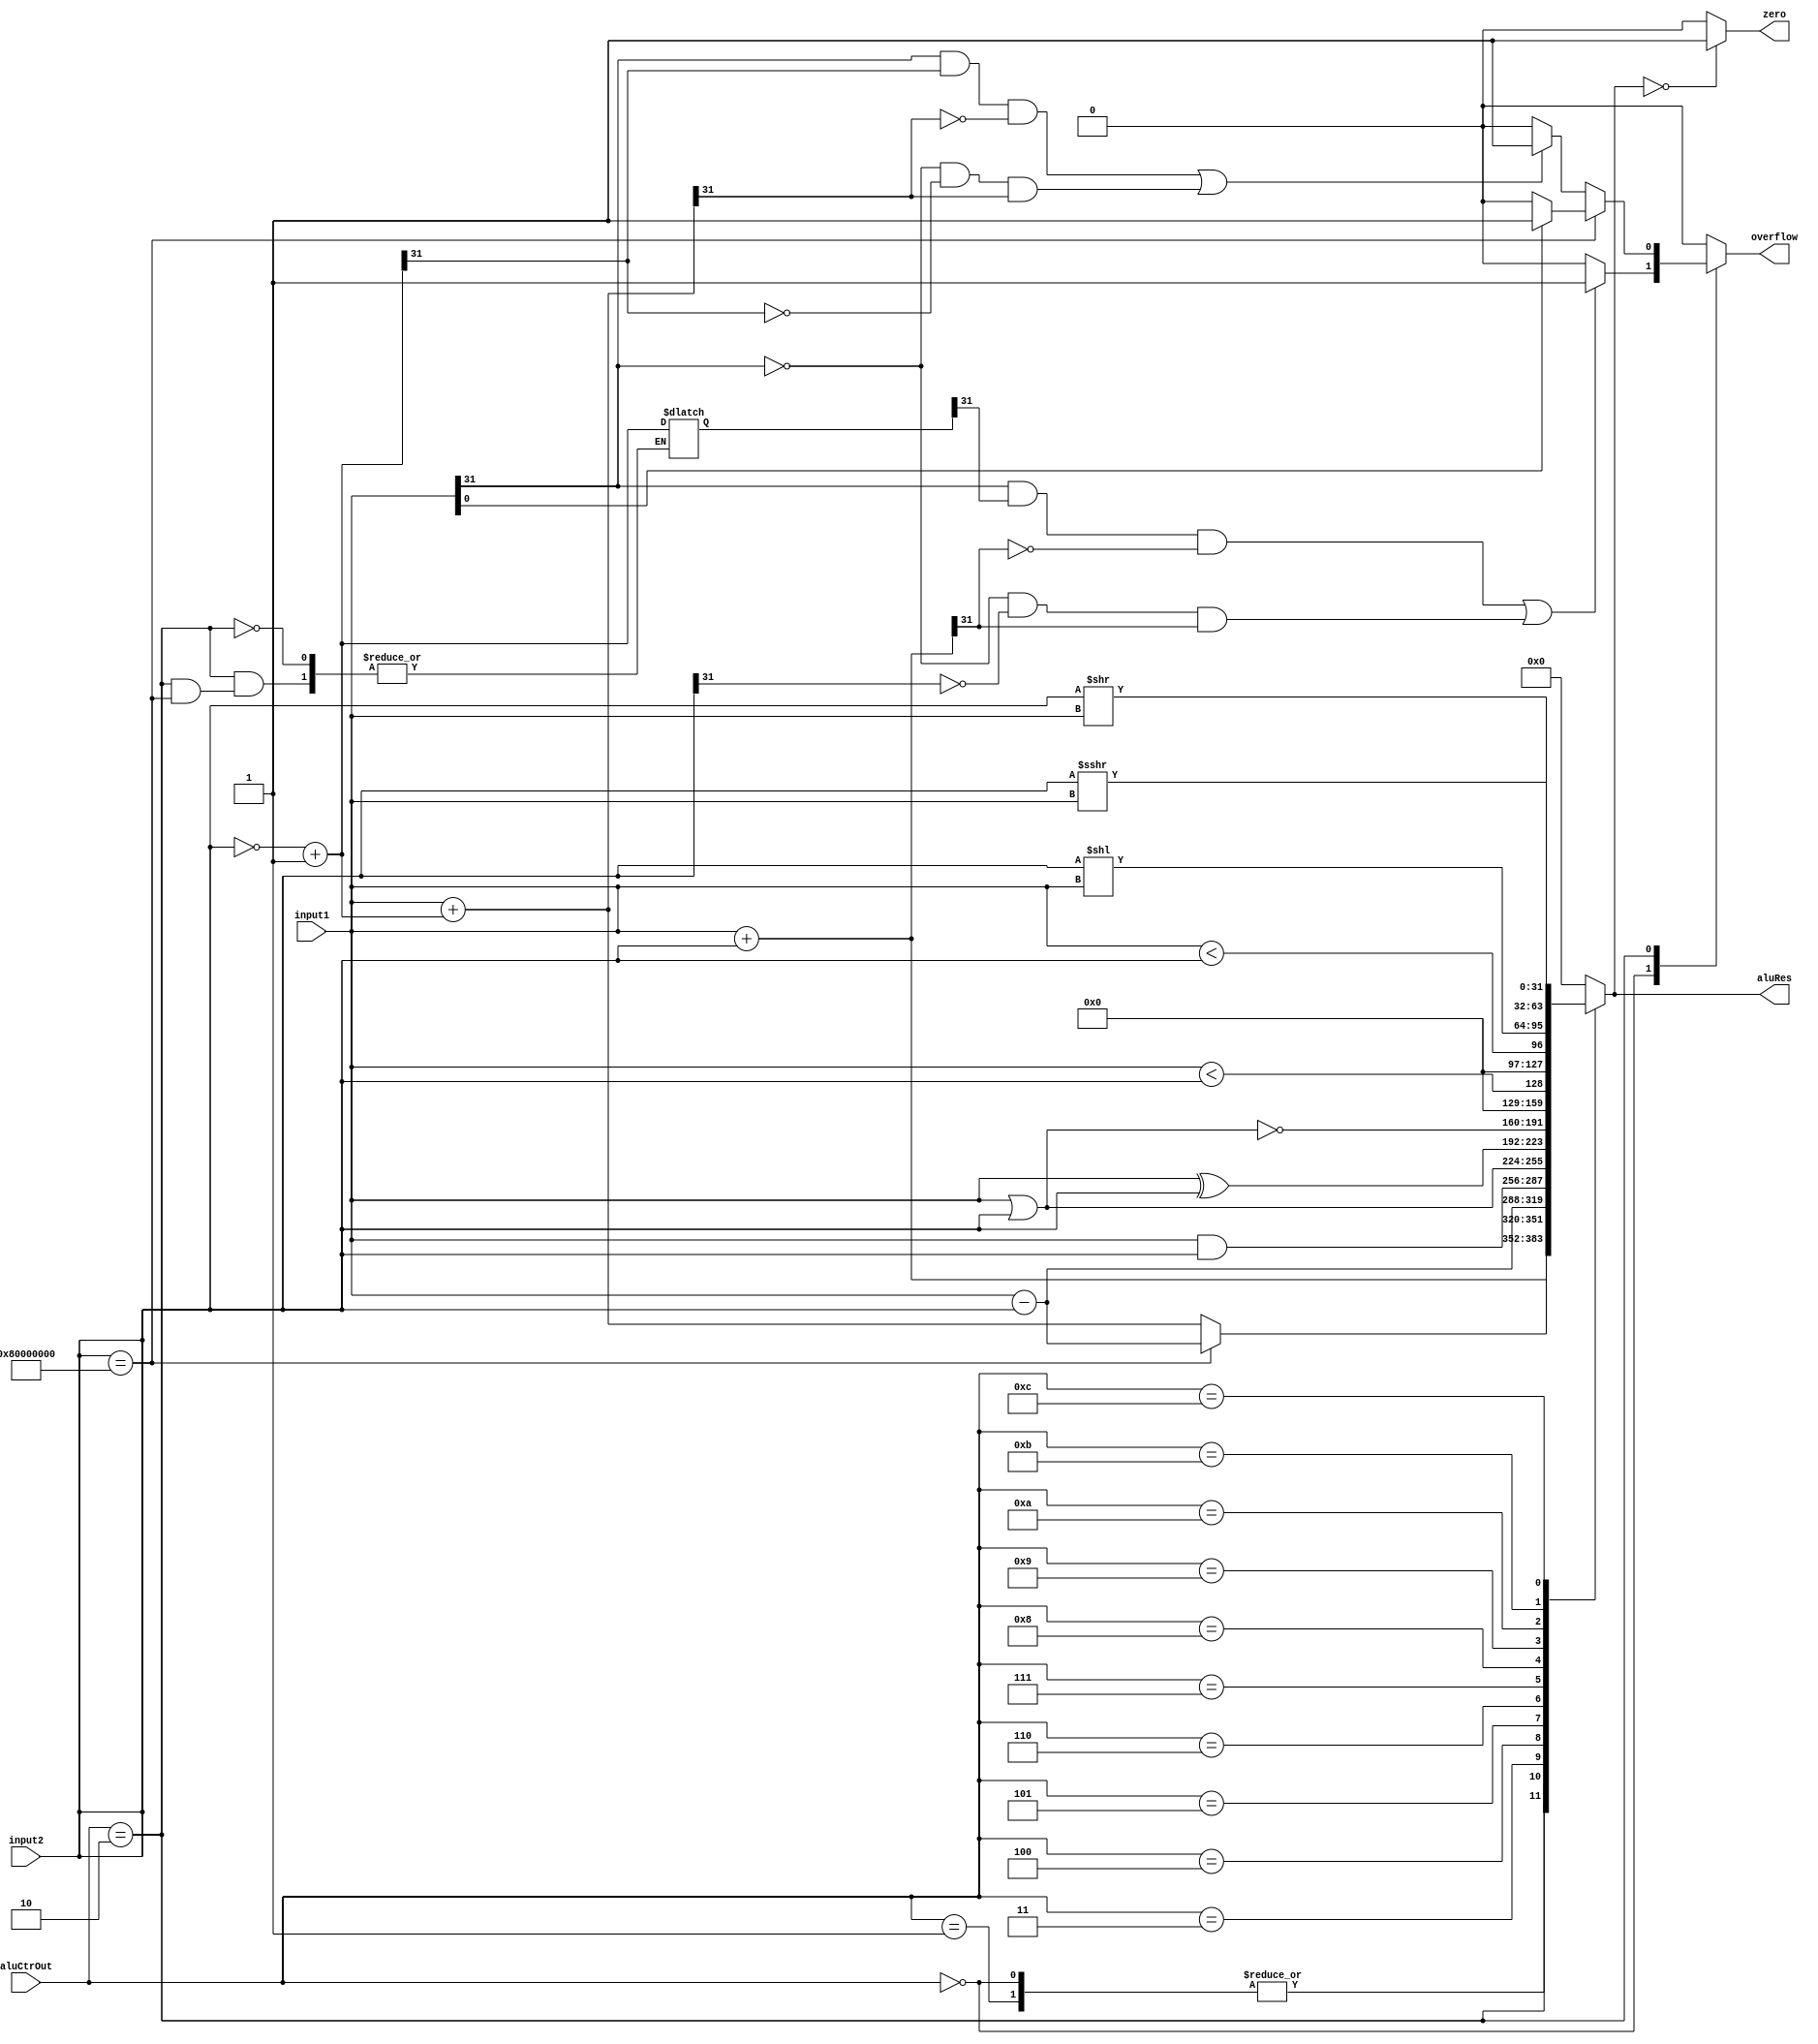
`timescale 1ns / 1ps
//////////////////////////////////////////////////////////////////////////////////
// Company: 
// Engineer: 
// 
// Design Name: 
// Module Name: ALU
// Project Name: 
// Target Devices: 
// Tool Versions: 
// Description: 
// 
// Dependencies: 
// 
// Revision:
// Revision 0.01 - File Created
// Additional Comments:
// 
//////////////////////////////////////////////////////////////////////////////////


module ALU(
    input [31 : 0] input1,
    input [31 : 0] input2,
    input [3 : 0] aluCtrOut,
    output reg zero,
    output reg overflow,
    output reg [31 : 0] aluRes
    );
    
    reg [31:0] complement;
    
    always @ (input1 or input2 or aluCtrOut)
    begin
        overflow = 0;
        case (aluCtrOut)
            4'b0000:    // and with overflow check
            begin
                aluRes = input1 + input2;
                overflow=((input1[31]&complement[31]&!aluRes[31])|
                         (!input1[31]&!input2[31]&aluRes[31]))?
                            1:0;
            end
            4'b0001:    // add without overflow check
                aluRes = input1 + input2;
            4'b0010:        // sub with overflow check
            begin
                if(input2==32'h80000000)
                    begin
                        aluRes = input1 - input2;
                        overflow = input1[0]?1:0;
                    end
                else
                    begin
                        complement=(~input2)+1;
                        aluRes = input1 + complement;
                        overflow = ((input1[31]&complement[31]&!aluRes[31])||
                                   (!input1[31]&!complement[31]&aluRes[31]))?
                                    1:0;
                    end
            end
            4'b0011:        // sub without overflow check
                aluRes = input1 - input2;
            4'b0100:        // and
                aluRes = input1 & input2;
            4'b0101:        // or
                aluRes = input1 | input2;
            4'b0110:        // xor
                aluRes = input1 ^ input2;
            4'b0111:        // nor
                aluRes = ~(input1 | input2);
            4'b1000:        // slt
                aluRes = ($signed(input1) < $signed(input2));
            4'b1001:        // slt (unsigned)
                aluRes = (input1 < input2);
            4'b1010:        // shift logical left
                aluRes = (input2 << input1);
            4'b1011:        // shift logical right
                aluRes = (input2 >> input1);
            4'b1100:        // shift arithmetic right
                aluRes = ($signed(input2) >>> input1);
            default:        // default
                aluRes = 0;
        endcase
        if (aluRes == 0)
            zero = 1;
        else 
            zero = 0;
    end
endmodule